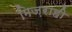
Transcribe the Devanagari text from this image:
मिज़राही